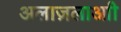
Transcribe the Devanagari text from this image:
अलाज़लाआी